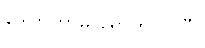
ဒေါက်တာမိ ရောက်လာပြီ။